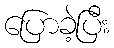
ပြောခဲ့ပြီး